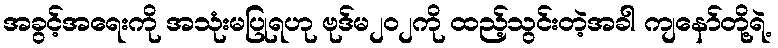
အခွင့်အရေးကို အသုံးမပြုရဟု ဗုဒ်မ၂၀၂ကို ထည့်သွင်းတဲ့အခါ ကျနော်တို့ရဲ့